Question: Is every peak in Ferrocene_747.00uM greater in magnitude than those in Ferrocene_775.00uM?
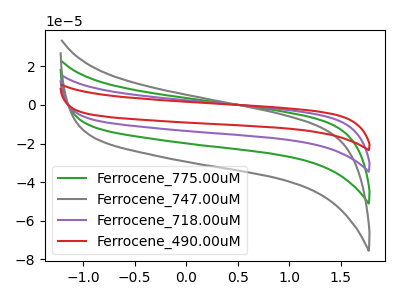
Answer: <think>The green curve "Ferrocene_775.00uM" has no peaks. The gray curve "Ferrocene_747.00uM" has no peaks. The purple curve "Ferrocene_718.00uM" has no peaks. The red curve "Ferrocene_490.00uM" has no peaks.</think>
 <answer>Niether CV has any peaks.</answer>
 <eval>blanks</eval>